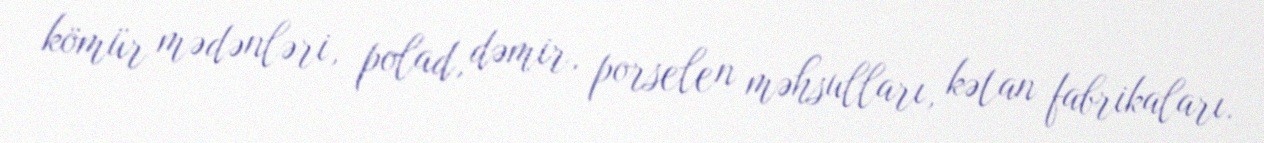
kömür mədənləri, polad, dəmir, porselen məhsulları, kətan fabrikaları.